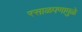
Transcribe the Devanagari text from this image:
रसाळपणामुळे